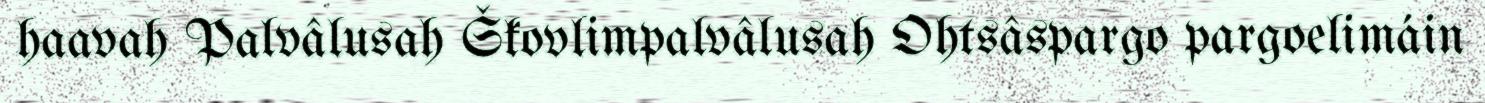
haavah Palvâlusah Škovlimpalvâlusah Ohtsâspargo pargoelimáin